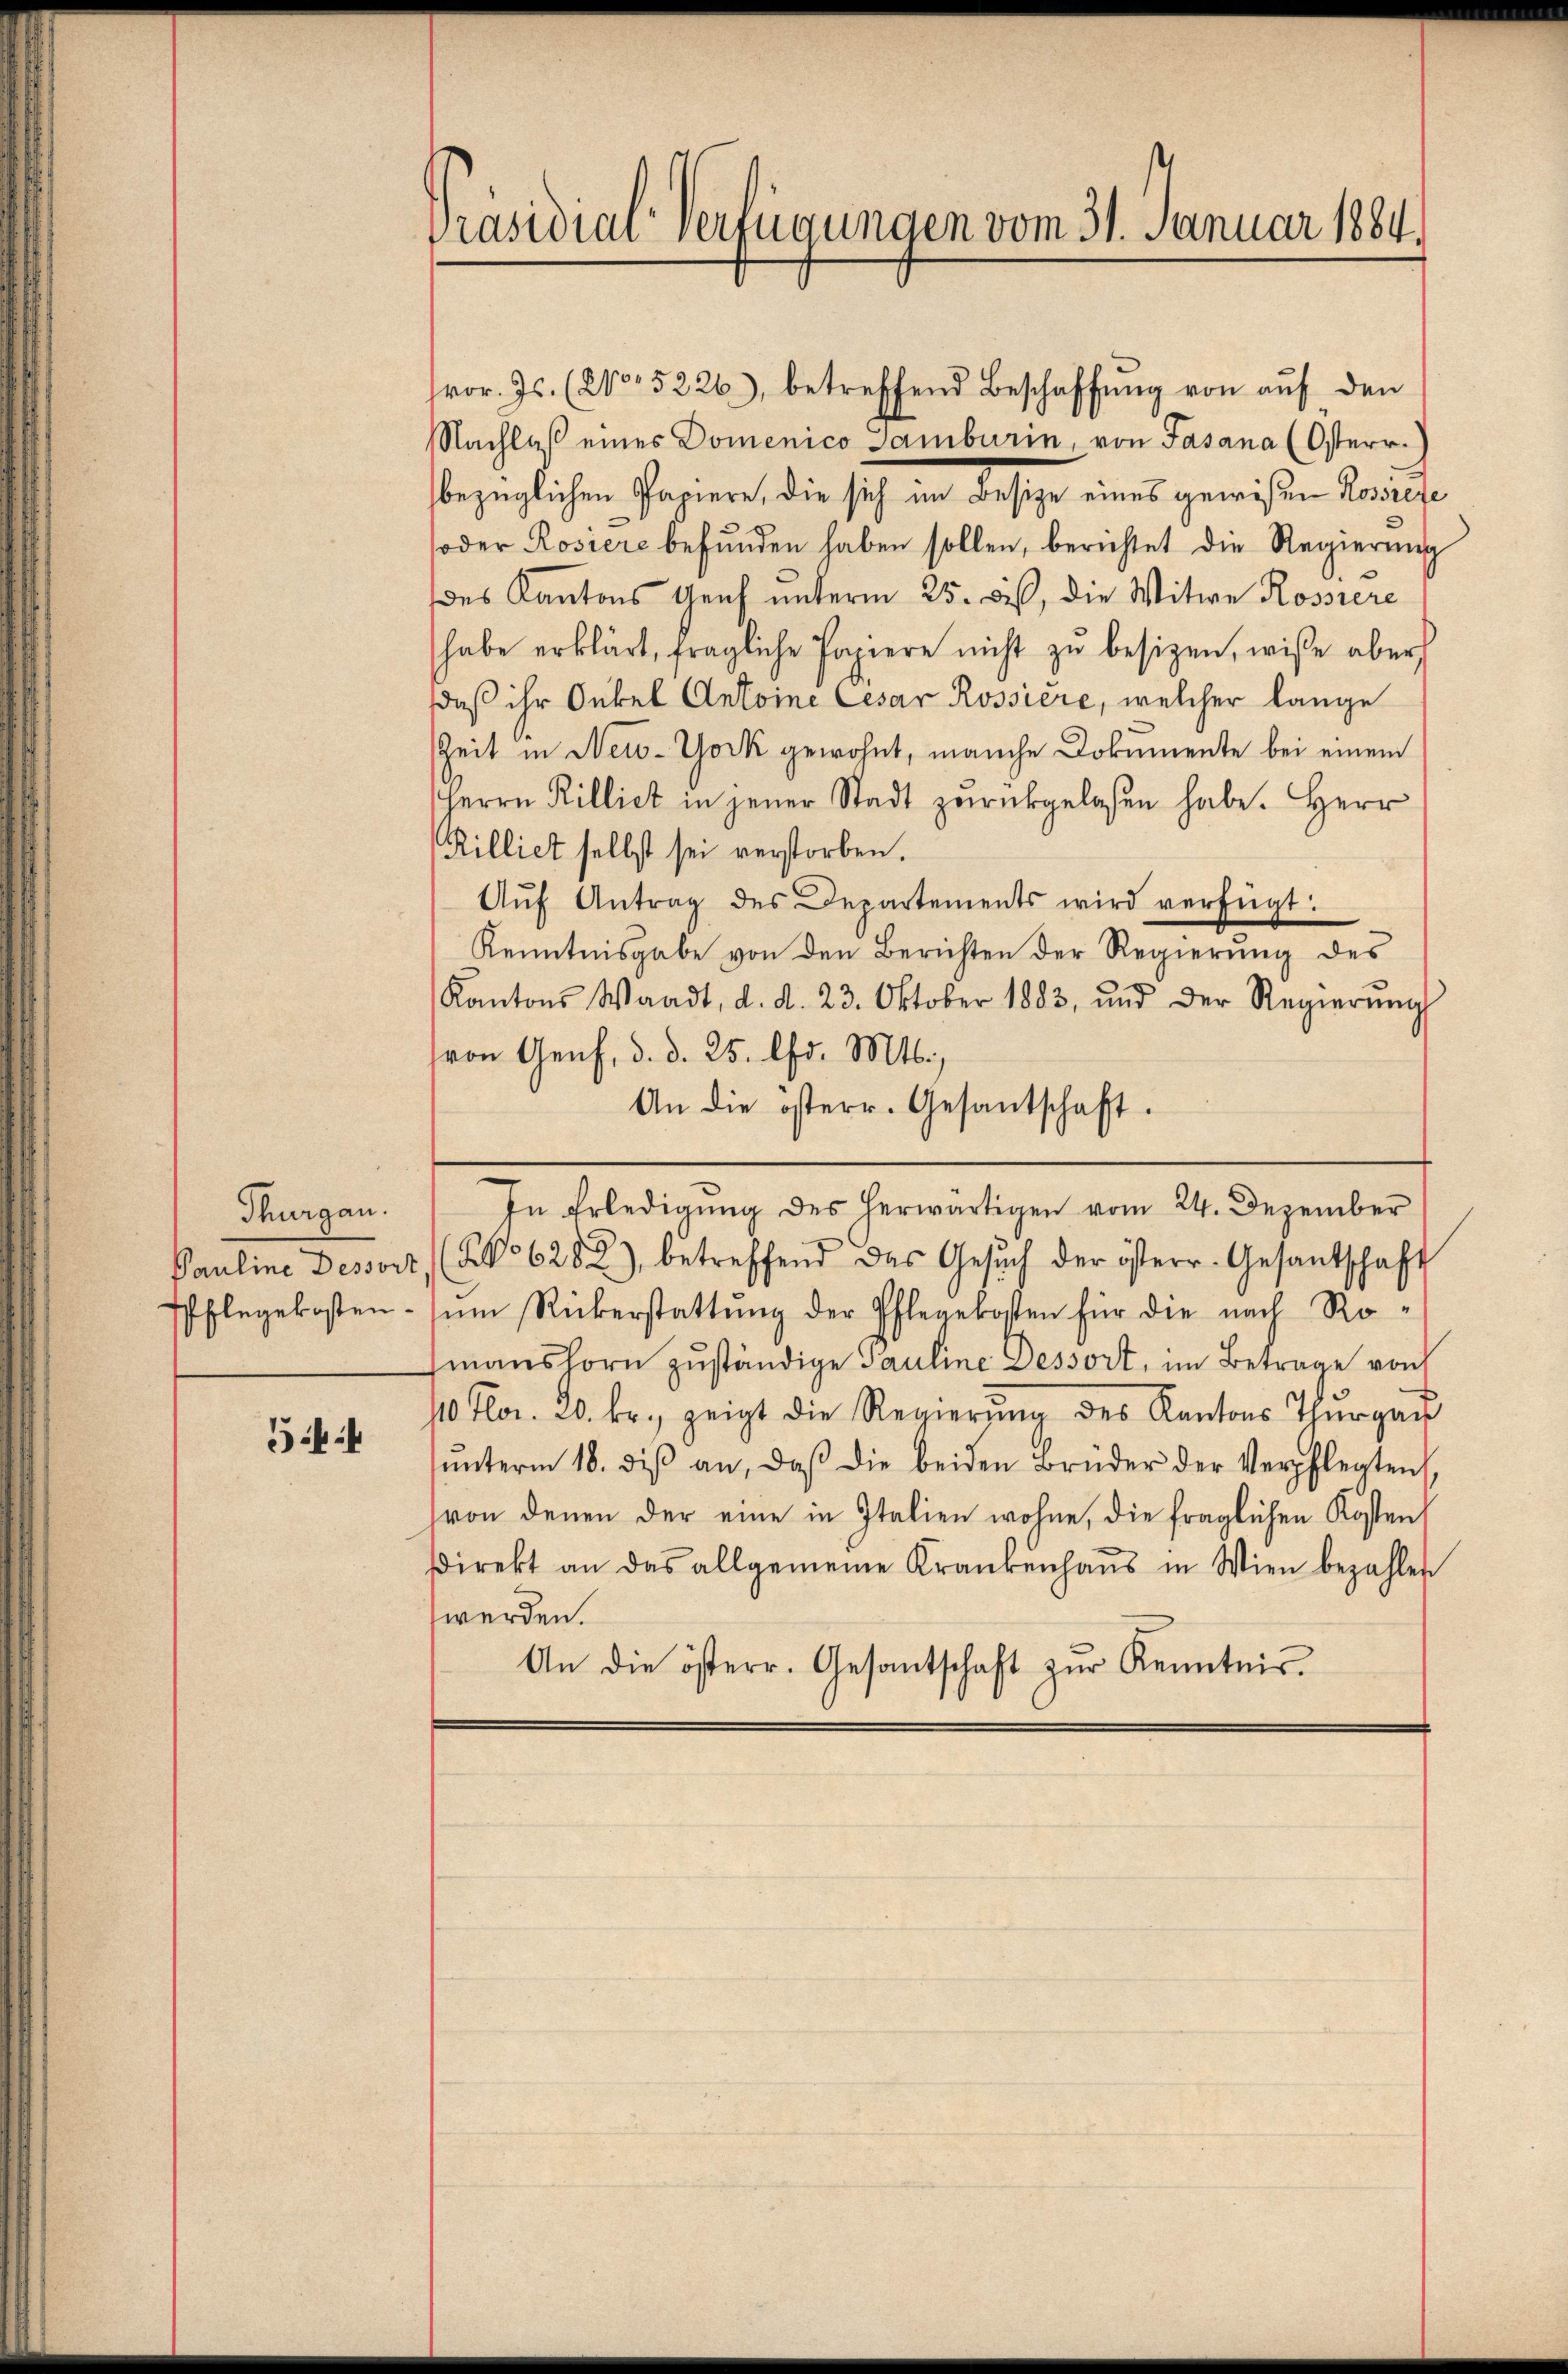
Thurgau.

544

Präsidial-Verfügungen vom 31. Januar 1884.

hor. Js. (2105226), betreffend Beschaffŭng von auf den
Nachlaß eines Domenico Gamburin, von Fasana (Osterr.
bezüglichen Papiere, die sich im Besige eines gewißen Roviele
oder Rosiere befunden haben sollen, berichtet die Regierung
des Kantons Genf unterm 25. bist, die Witwe Rossiere
habe erklärt, fragliche Papiere nicht zŭ besizen, wiße aber
daß ihr Onkel Antoine Cesar Rossiere, welcher lange
Zeit in New-York gewohnt, manche Dokumente bei einem
Herrn Rilliet in jener Stadt zŭrückgelasen habe. Herr
Rilliet selbst sei verstorben.
Aŭf Antrag des Departements wird verfügt:
Kenntnisgabe von den Berichten der Regierung des
Kantons Waadt, d. d. 23. Oktober 1883, und der Regierŭng
von Genf, d. d. 25. Chr. Mts.,
An die österr. Gesantschaft.
In Erledigung des herwärtigen vom 24. Dezember
Pauline Dessort (§ 628 2), betreffend das Gesŭch der österr. Gesantschaft
Pflegekosten zŭm Rückerstattŭng der Pflegekosten für die nach Romanshorn zuständige Pauline Dessort, im Betrage von
10 Fr. 20. fr., zeigt die Regierŭng des Kantons Thŭrgaŭ
ŭnterm 18. diβ an, daβ die beiden Brüder der Verpflegten
von denen der eine in Italien wohne, die fraglichen Kosten
direkt an das allgemeine Krankenhaŭs in Wien bezahlen
werden.
An die österr. Gesantschaft zŭr Kenntnis.